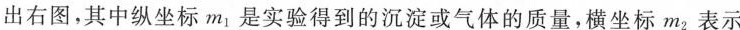
出右图，其中纵坐标m_{1}是实验得到的沉淀或气体的质量，横坐标m_{2}表示